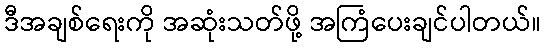
ဒီအချစ်ရေးကို အဆုံးသတ်ဖို့ အကြံပေးချင်ပါတယ်။